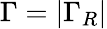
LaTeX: \Gamma=|\Gamma_{R}|